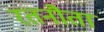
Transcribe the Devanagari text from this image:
रतनौता